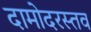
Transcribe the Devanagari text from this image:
दामोदरस्तव